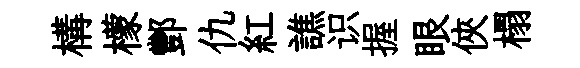
構檬酆仇紅譙识握眼俠榻